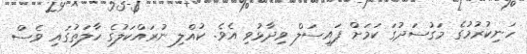
ހަނިކުރުމުގެ މަގުސަދުގަ ކަމަށް ފައިސަލް ވިދާޅުވި އެވެ. ކުއްލި ނުރައްކަލުގެ ހާލަތުގައި ވެސް